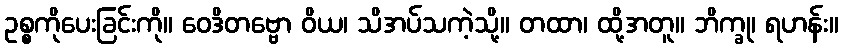
ဥစ္စကိုပေးခြင်းကို။ ဝေဒိတဗ္ဗော ဝိယ၊ သိအပ်သကဲ့သို့။ တထာ၊ ထို့အတူ။ ဘိက္ခု၊ ရဟန်း။